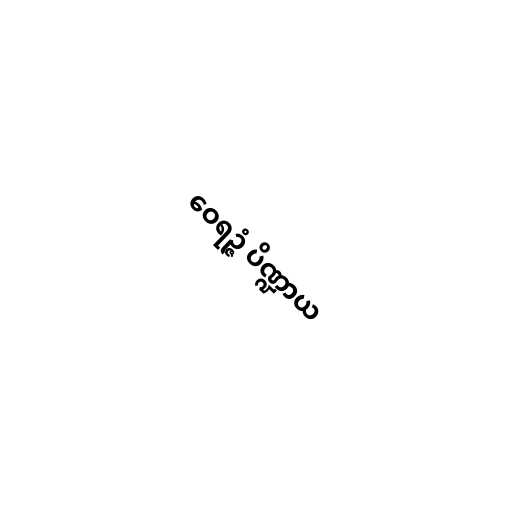
ဝေရဉ္ဇံ ပိဏ္ဍာယ